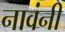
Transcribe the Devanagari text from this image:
नावंनी